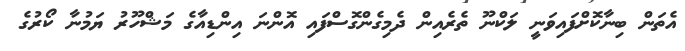
އެތަން ބިނާކޮށްފައިވަނީ ލަކްނޫ ތެރެއިން ދެމިގެންގޮސްފައި އޮންނަ އިންޑިއާގެ މަޝްހޫރު ޔަމުނާ ކޯރުގެ